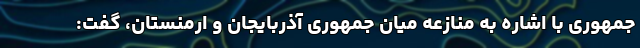
جمهوری با اشاره به منازعه میان جمهوری آذربایجان و ارمنستان، گفت: